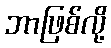
ဘာဖြစ်လို့